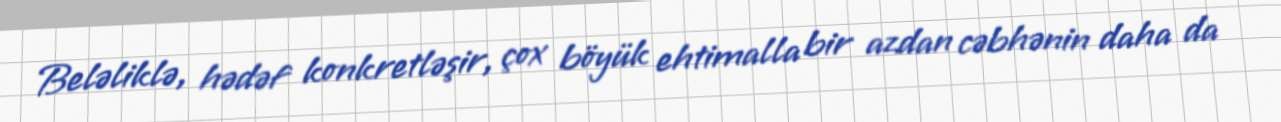
Beləliklə, hədəf konkretləşir, çox böyük ehtimalla bir azdan cəbhənin daha da